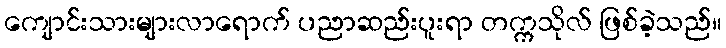
ကျောင်းသားများလာရောက် ပညာဆည်းပူးရာ တက္ကသိုလ် ဖြစ်ခဲ့သည်။